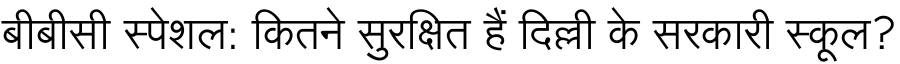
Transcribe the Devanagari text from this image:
बीबीसी स्पेशल: कितने सुरक्षित हैं दिल्ली के सरकारी स्कूल?